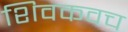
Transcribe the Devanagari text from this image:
शिवकवच